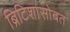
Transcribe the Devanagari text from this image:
ब्रिटिशांसोबत